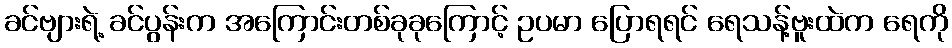
ခင်ဗျားရဲ့ ခင်ပွန်းက အကြောင်းတစ်ခုခုကြောင့် ဥပမာ ပြောရရင် ရေသန့်ဗူးထဲက ရေကို